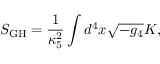
S _ { \mathrm { G H } } = \frac { 1 } { \kappa _ { 5 } ^ { 2 } } \int d ^ { 4 } x \sqrt { - g _ { 4 } } K ,